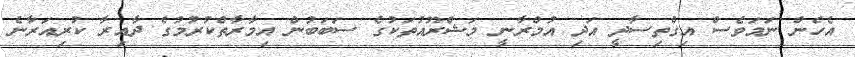
އެހެން ނަމަވެސް އިގްތިސާދީ އަދި އުމްރާނީ މަޝްރޫއުތަކުގެ ސަބަބުން އިމާރާތްކުރުމުގެ ދާއިރާ ކުރިއަރާނެ